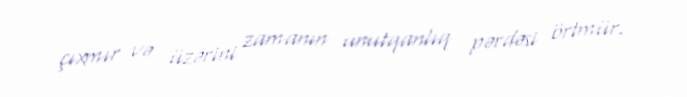
çıxmır və üzərini zamanın unutqanlıq pərdəsi örtmür.